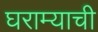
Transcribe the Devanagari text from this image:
घराम्याची